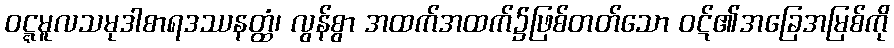
ဝဋ္ဋမူလသမုဒါစာရဒဿနတ္ထံ၊ လွန်စွာ အထက်အထက်၌ဖြစ်တတ်သော ဝဋ်၏အခြေအမြစ်ကို